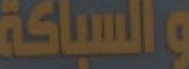
والسباكة